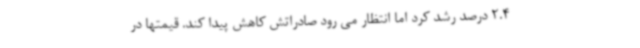
2.4 درصد رشد کرد اما انتظار می رود صادراتش کاهش پیدا کند. قیمتها در